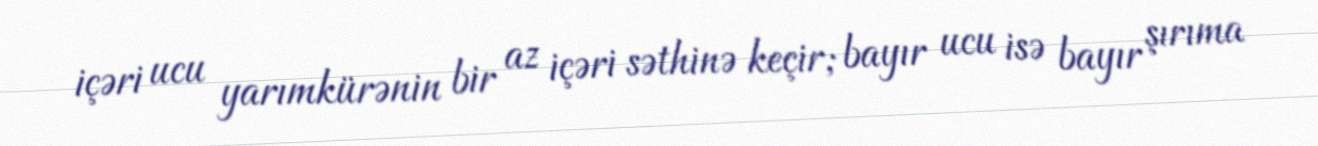
içəri ucu yarımkürənin bir az içəri səthinə keçir; bayır ucu isə bayır şırıma